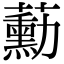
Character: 蘍